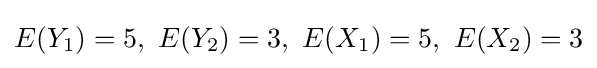
E(Y_{1})=5,~E(Y_{2})=3,~E(X_{1})=5,~E(X_{2})=3